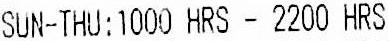
SUN-THU:1000 HRS - 2200 HRS